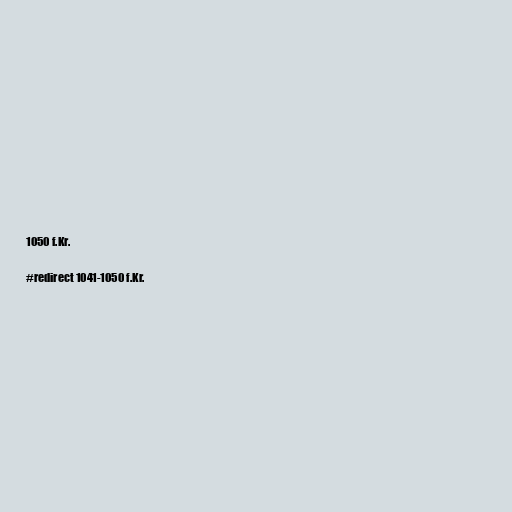
1050 f.Kr.

#redirect 1041-1050 f.Kr.